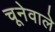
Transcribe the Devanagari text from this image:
चूनेवाले